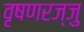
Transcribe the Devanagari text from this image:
वृषणरज्जु